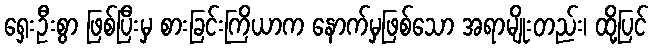
ရှေးဦးစွာ ဖြစ်ပြီးမှ စားခြင်းကြိယာက နောက်မှဖြစ်သော အရာမျိုးတည်း၊ ထို့ပြင်